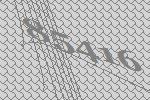
85416